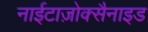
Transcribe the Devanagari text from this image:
नाईटाज़ोक्सैनाइड